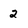
Character: 2